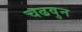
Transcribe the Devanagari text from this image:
चढवुन